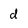
Character: d